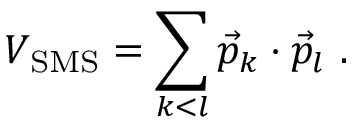
V _ { \mathrm { S M S } } = \sum _ { k < l } \vec { p } _ { k } \cdot \vec { p } _ { l } \ .